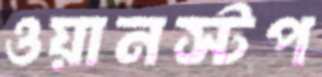
ওয়ানস্টপ